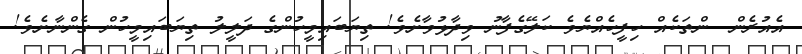
އެއުރެން  ންތަކެއް ހިފީހެއްޔެވެ ކަލޭގެފާނު ވިދާޅުވާށެވެ! ތިޔަބައިމީހުންގެ ދަލީލު ތިޔަބައިމީހުން ގެންނާށެވެ!